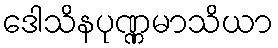
ဒေါသိနပုဏ္ဏမာသိယာ